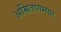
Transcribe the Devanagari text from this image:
अम्रितागमया